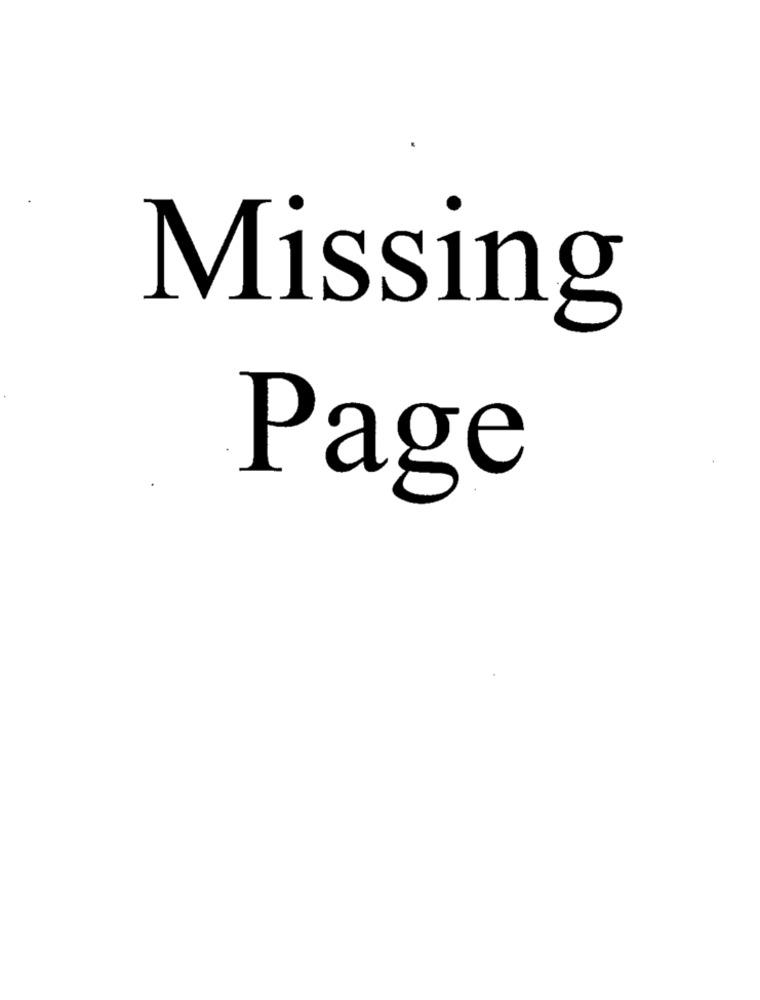
Missing
Page